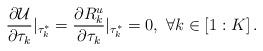
LaTeX: \begin{align*}\frac{\partial \mathcal{U}}{\partial \tau_k}|_{\tau^{*}_{k}}= \frac{\partial R^{u}_{k}}{\partial \tau_k}|_{\tau^{*}_{k}}=0, ~ \forall k\in \left[1:K\right].\end{align*}